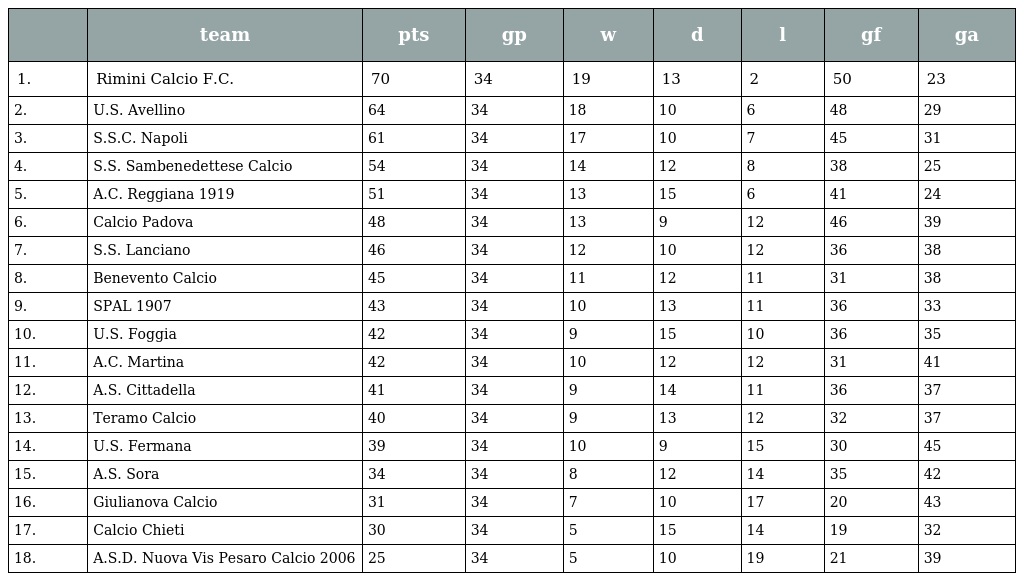
|  | team | pts | gp | w | d | l | gf | ga |
 | --- | --- | --- | --- | --- | --- | --- | --- | --- |
 | 1. | Rimini Calcio F.C. | 70 | 34 | 19 | 13 | 2 | 50 | 23 |
 | 2. | U.S. Avellino | 64 | 34 | 18 | 10 | 6 | 48 | 29 |
 | 3. | S.S.C. Napoli | 61 | 34 | 17 | 10 | 7 | 45 | 31 |
 | 4. | S.S. Sambenedettese Calcio | 54 | 34 | 14 | 12 | 8 | 38 | 25 |
 | 5. | A.C. Reggiana 1919 | 51 | 34 | 13 | 15 | 6 | 41 | 24 |
 | 6. | Calcio Padova | 48 | 34 | 13 | 9 | 12 | 46 | 39 |
 | 7. | S.S. Lanciano | 46 | 34 | 12 | 10 | 12 | 36 | 38 |
 | 8. | Benevento Calcio | 45 | 34 | 11 | 12 | 11 | 31 | 38 |
 | 9. | SPAL 1907 | 43 | 34 | 10 | 13 | 11 | 36 | 33 |
 | 10. | U.S. Foggia | 42 | 34 | 9 | 15 | 10 | 36 | 35 |
 | 11. | A.C. Martina | 42 | 34 | 10 | 12 | 12 | 31 | 41 |
 | 12. | A.S. Cittadella | 41 | 34 | 9 | 14 | 11 | 36 | 37 |
 | 13. | Teramo Calcio | 40 | 34 | 9 | 13 | 12 | 32 | 37 |
 | 14. | U.S. Fermana | 39 | 34 | 10 | 9 | 15 | 30 | 45 |
 | 15. | A.S. Sora | 34 | 34 | 8 | 12 | 14 | 35 | 42 |
 | 16. | Giulianova Calcio | 31 | 34 | 7 | 10 | 17 | 20 | 43 |
 | 17. | Calcio Chieti | 30 | 34 | 5 | 15 | 14 | 19 | 32 |
 | 18. | A.S.D. Nuova Vis Pesaro Calcio 2006 | 25 | 34 | 5 | 10 | 19 | 21 | 39 |